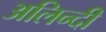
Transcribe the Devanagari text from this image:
अलिन्दी